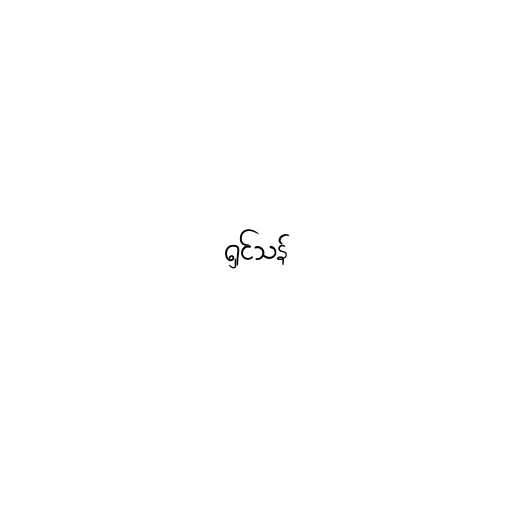
ရှင်သန်